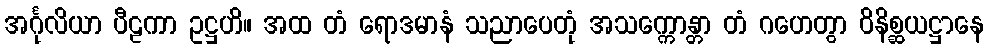
အင်္ဂုလိယာ ပီဠကာ ဥဋ္ဌဟိ။ အထ တံ ရောဒမာနံ သညာပေတုံ အသက္ကောန္တာ တံ ဂဟေတွာ ဝိနိစ္ဆယဋ္ဌာနေ